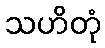
သဟိတုံ